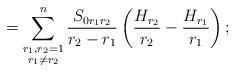
LaTeX: \begin{align*}= \sum_{\substack{{r_1,r_2=1}\\r_1\ne r_2}}^{n}\frac{S_{0r_1r_2}}{r_2-r_1}\left(\frac{H_{r_2}}{r_2} -\frac{H_{r_1}}{r_1}\right);\end{align*}